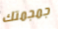
جمجمتك